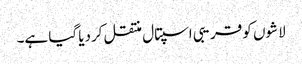
لاشوں کو قریبی اسپتال منتقل کردیا گیا ہے۔